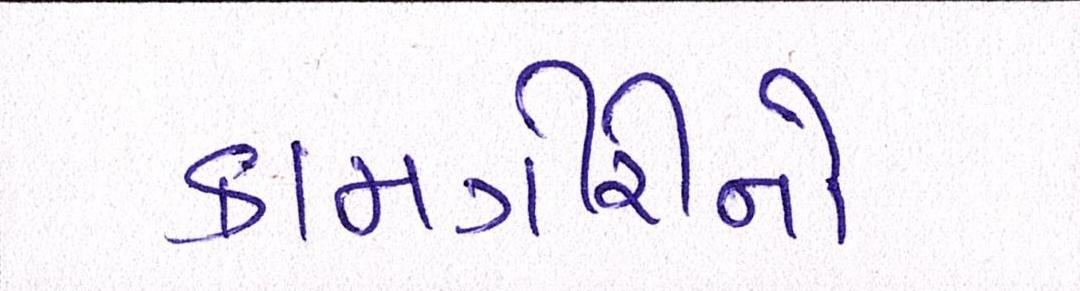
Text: કામગીરીનો